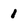
Character: 1